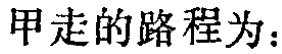
甲走的路程为：